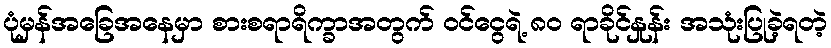
ပုံမှန်အခြေအနေမှာ စားစရာရိက္ခာအတွက် ဝင်ငွေရဲ့ ၈၀ ရာခိုင်နှုန်း အသုံးပြုခဲ့ရတဲ့